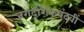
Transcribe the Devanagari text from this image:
जगदीशैकपदवीं